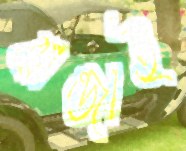
ঝান্ডাই